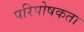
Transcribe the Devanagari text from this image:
परिपोषकता